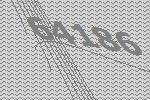
64186